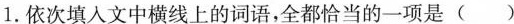
1.依次填入文中横线上的词语，全都恰当的一项是( )